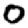
Digit: 0